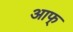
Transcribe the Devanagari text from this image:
आफ्‌